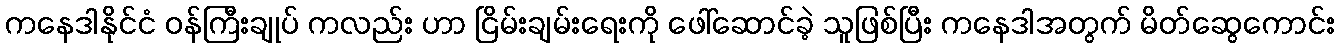
ကနေဒါနိုင်ငံ ဝန်ကြီးချုပ် ကလည်း ဟာ ငြိမ်းချမ်းရေးကို ဖေါ်ဆောင်ခဲ့ သူဖြစ်ပြီး ကနေဒါအတွက် မိတ်ဆွေကောင်း